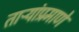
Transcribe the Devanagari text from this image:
ताऱ्यांप्रमाणे